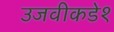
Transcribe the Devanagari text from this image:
उजवीकडे१